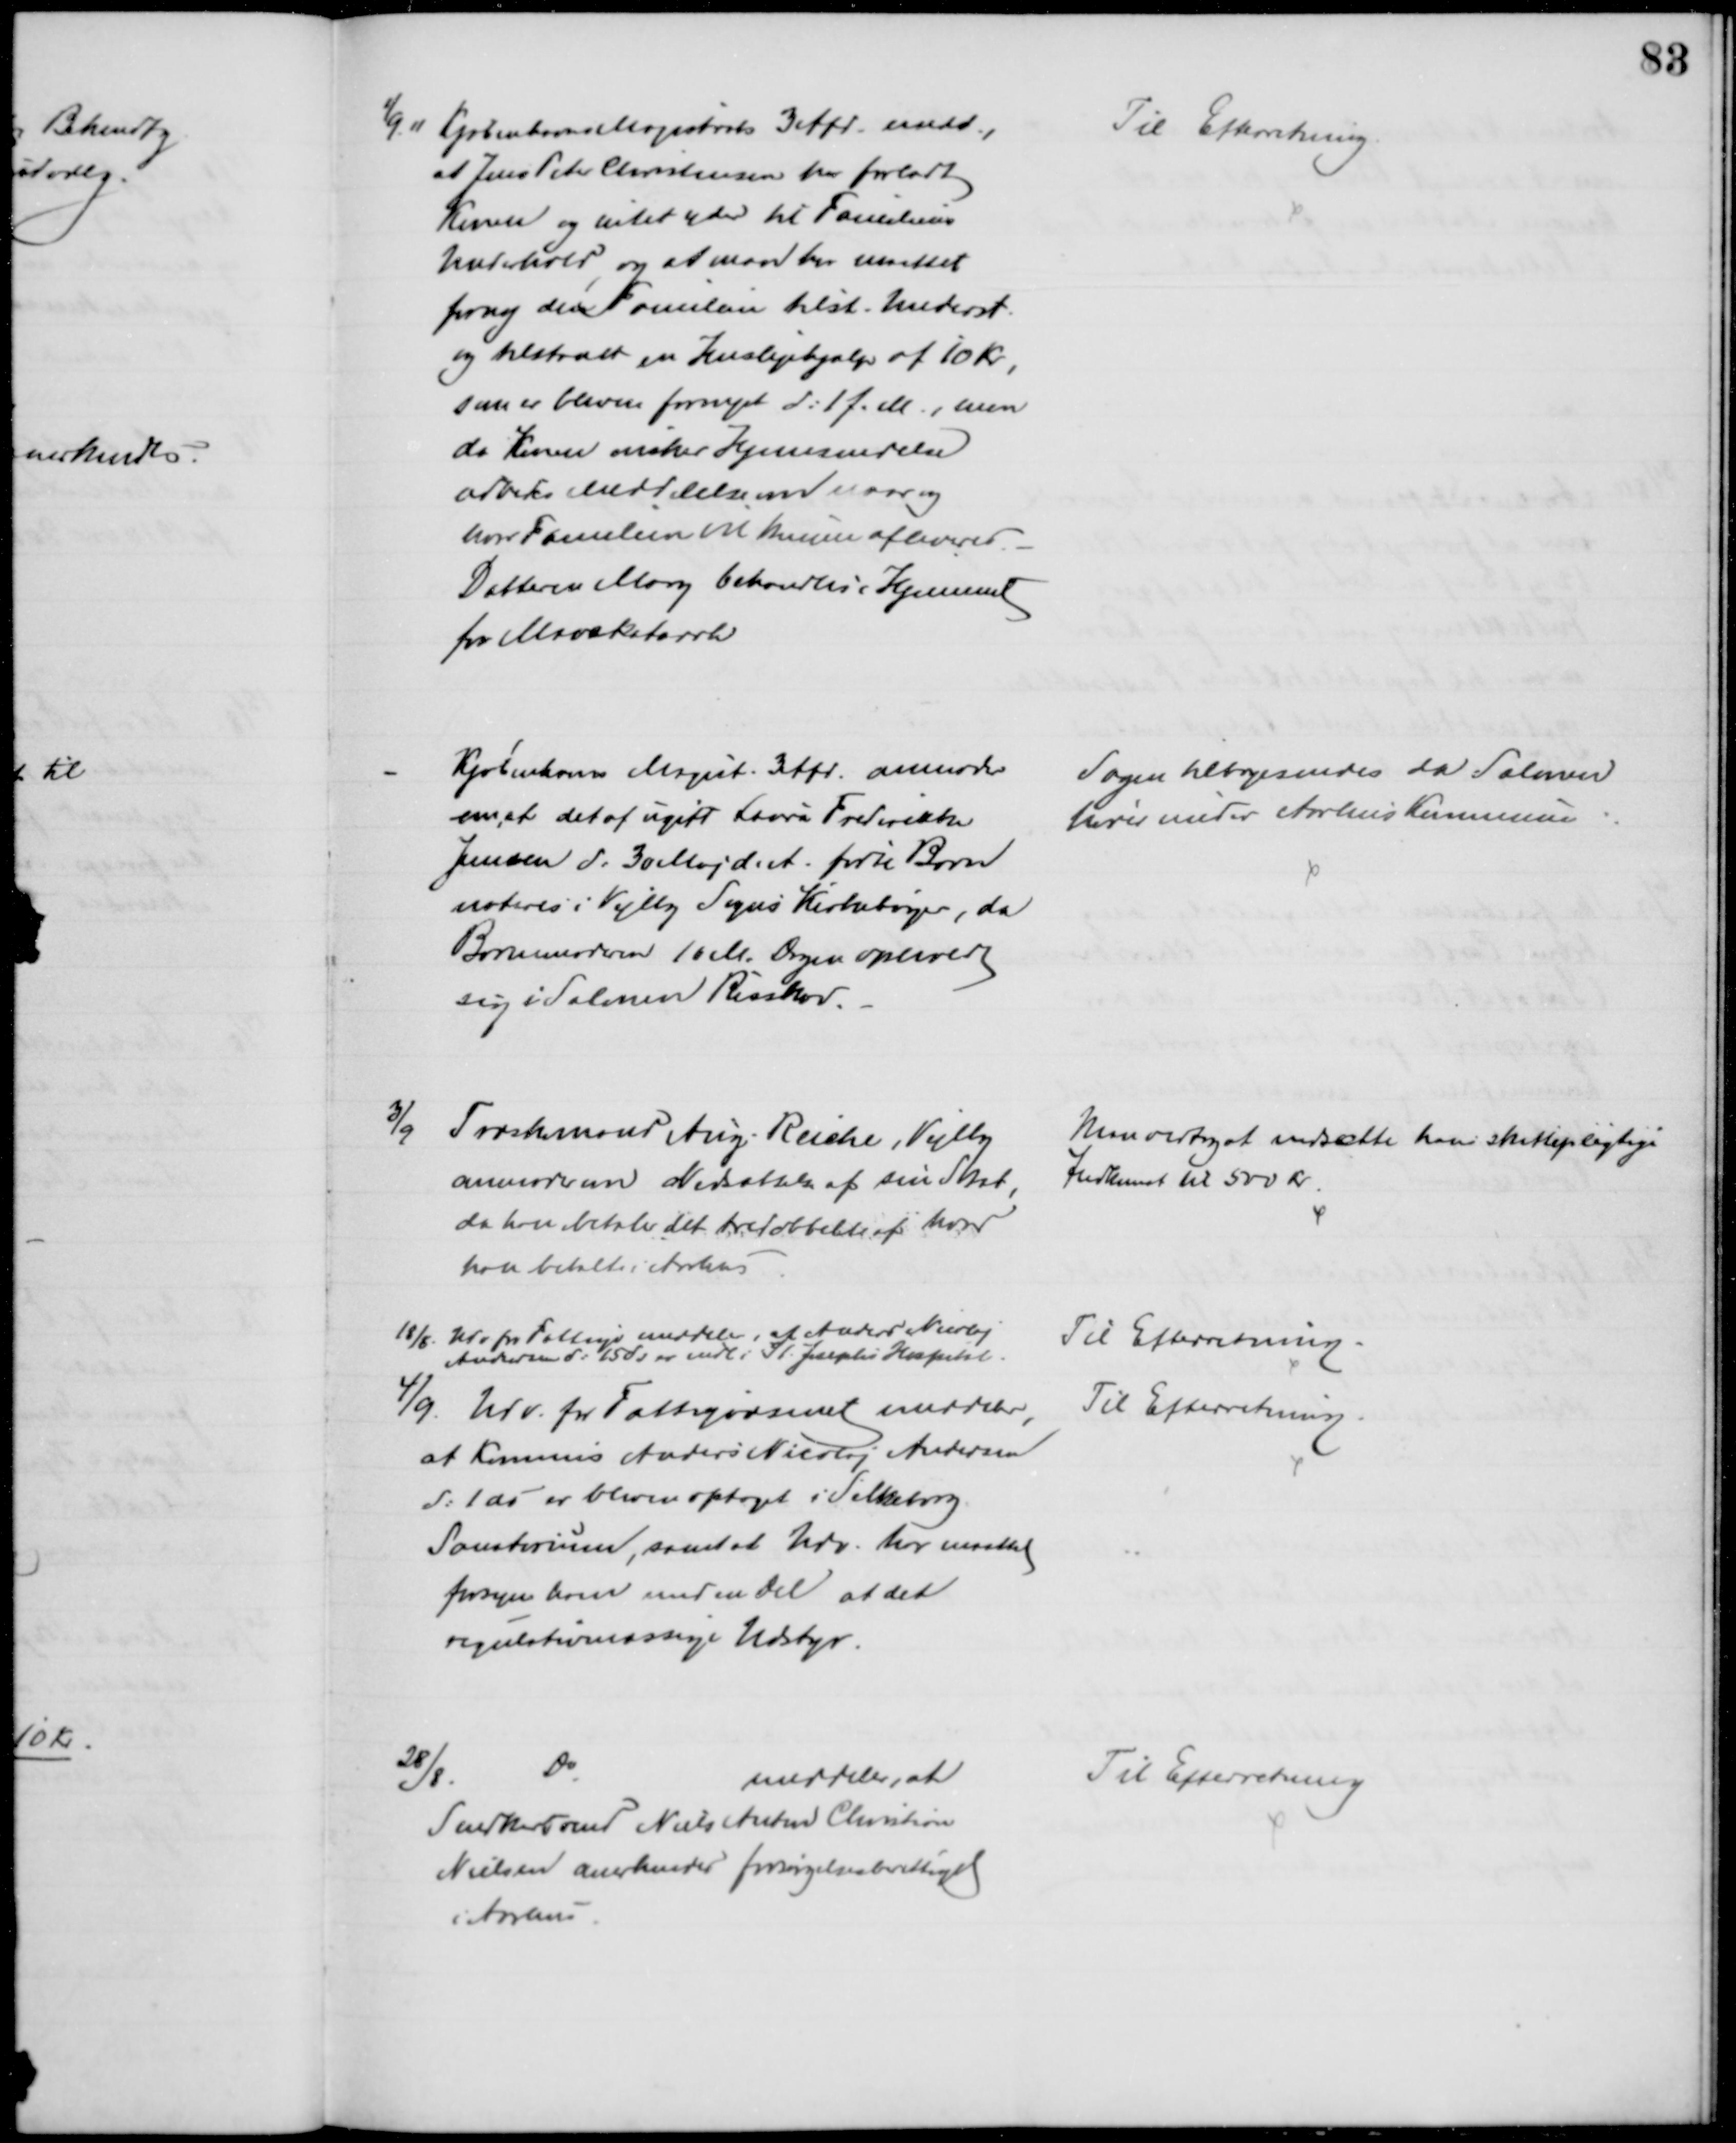
Transskription:
1/9 11 Københanvs Magistrats 3 Afd. medd.,
at Jens Peter Christensen har forladt
Konen og intet yder til Familiens
Underhold, og at man har maattet
forny den Familien tilst. Underst.
og tilstaaet en Huslejehjælp af 10 Kr,
som er bleven fornyet d: 1 f. M, men
da Konen ønsker Hjemsendelse
udbedes Meddelelse om naar og
hvor Familien vil kunne afleveres.
Datteren Mary behandles i Hjemmet
for Mavekatarrh
Til Efterretning.
Kjøbenhavns Magist. 3 Afd. anmoder
om, at det af ugift Laura Frederikke
Jensen d: 30 Maj d.A. fødte Barn
noteres i Vejlby Sogns Kirkebøger, da
Barnemoderen 10 M. Dagen opholdt
sig i Salonen Risskov.
Sagen tilbagesendes da Salonen
hører under Aarhus Kommune
3/9 Træskomand Aug. Reiche, Vejlby
anmoder om Nedsættelse af sin Skat,
da han betaler det tredobbelte af hvad 
han betalte i Aarhus
Man vedtog at nedsætte hans skattepligtige
Indkomst til 500 Kr.
18/8. Udv for Fattigv meddeler, at Anders Nicolaj
Andersen d: 15 ds er indl i St. Josephs Hospital.
Til Efterretning.
4/9. Udv. for Fattigvæsenet meddeler,
at Kommis Anders Nicolaj Andersen
d: 1 ds er bleven optaget i Silkeborg
Sanatorium, samt at Udv. har maattet
forsyne ham med en del af det
regulativmæssige Udstyr.
Til Efterretning
28/8.
Do
meddeler, at
Snedkersvend Niels Anton Christian
Nielsen anerkendes forsørgelsesberettiget
i Aarhus.
Til Efterretning